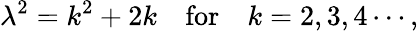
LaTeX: \lambda^{2}=k^{2}+2k\quad\mathrm{for}\quad k=2,3,4\cdots,